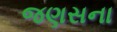
જણસના